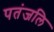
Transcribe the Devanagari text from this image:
पतंजलि